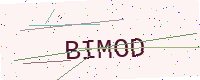
Text: BIMOD